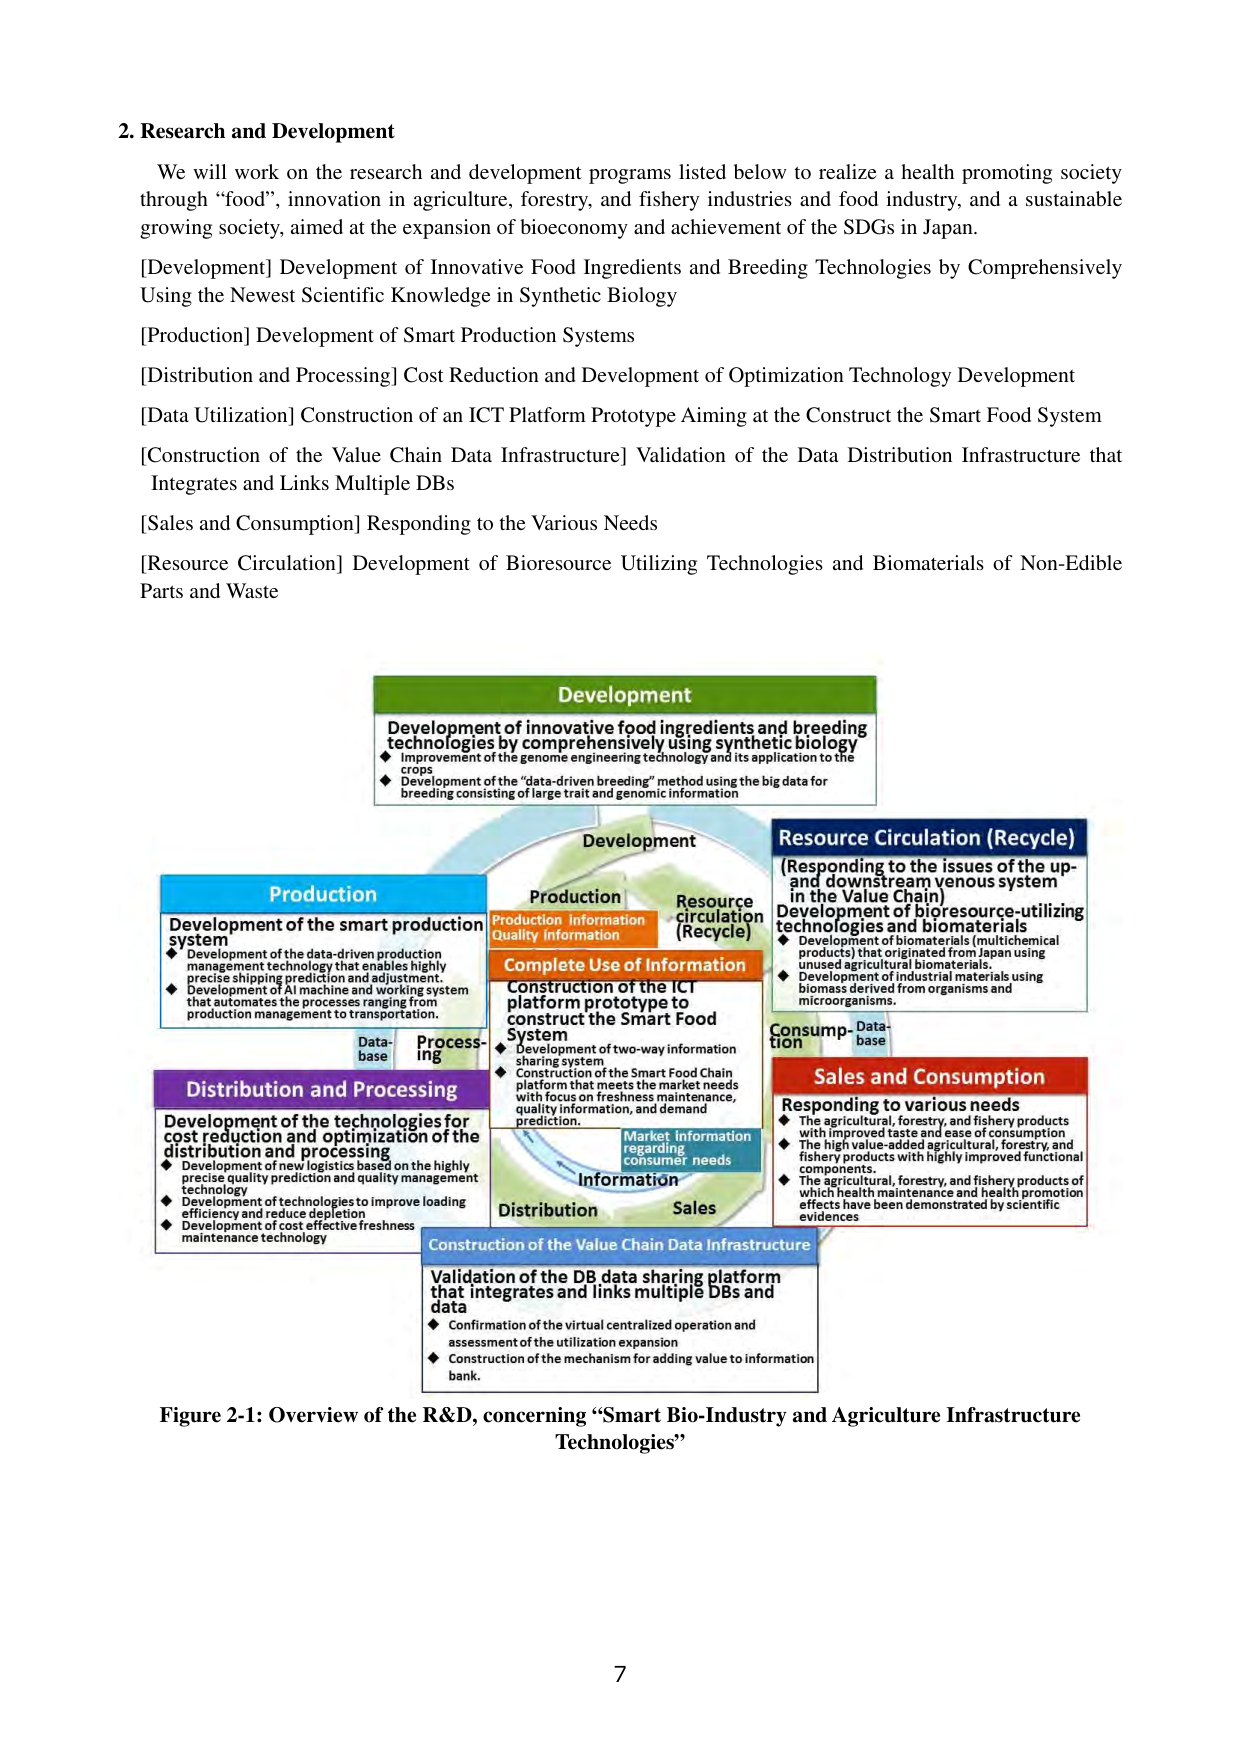
2. Research and Development

We will work on the research and development programs listed below to realize a health promoting society through “food”, innovation in agriculture, forestry, and fishery industries and food industry, and a sustainable growing society, aimed at the expansion of bioeconomy and achievement of the SDGs in Japan.

[Development] Development of Innovative Food Ingredients and Breeding Technologies by Comprehensively Using the Newest Scientific Knowledge in Synthetic Biology

[Production] Development of Smart Production Systems

[Distribution and Processing] Cost Reduction and Development of Optimization Technology Development

[Data Utilization] Construction of an ICT Platform Prototype Aiming at the Construct the Smart Food System

[Construction of the Value Chain Data Infrastructure] Validation of the Data Distribution Infrastructure that Integrates and Links Multiple DBs

[Sales and Consumption] Responding to the Various Needs

[Resource Circulation] Development of Bioresource Utilizing Technologies and Biomaterials of Non-Edible Parts and Waste

Development
Development of innovative food ingredients and breeding technologies by comprehensively using synthetic biology
◆ Improvement of the genome engineering technology and its application to the crops
◆ Development of the “data-driven breeding” method using the big data for breeding consisting of large trait and genomic information

Production
Development of the smart production system
◆ Development of the data-driven production management technology that enables highly precise shipping prediction and adjustment.
◆ Development of AI machine and working system that automates the processes ranging from production management to transportation.

Distribution and Processing
Development of the technologies for cost reduction and optimization of the distribution and processing
◆ Development of new logistics based on the highly precise quality prediction and quality management technology
◆ Development of technologies to improve loading efficiency and reduce depletion
◆ Development of cost effective freshness maintenance technology

Complete Use of Information
Construction of the ICT platform prototype to construct the Smart Food System
◆ Development of two-way information sharing system
◆ Construction of the Smart Food Chain platform that meets the market needs with focus on freshness maintenance, quality information, and demand prediction.

Resource Circulation (Recycle)
(Responding to the issues of the up- and downstream venous system in the Value Chain)
Development of bioresource-utilizing technologies and biomaterials
◆ Development of biomaterials (multichemical products) that originated from Japan using unused agricultural biomaterials.
◆ Development of industrial materials using biomass derived from organisms and microorganisms.

Sales and Consumption
Responding to various needs
◆ The agricultural, forestry, and fishery products with improved taste and ease of consumption
◆ The high value-added agricultural, forestry, and fishery products with highly improved functional components.
◆ The agricultural, forestry, and fishery products of which health maintenance and health promotion effects have been demonstrated by scientific evidences

Construction of the Value Chain Data Infrastructure
Validation of the DB data sharing platform that integrates and links multiple DBs and data
◆ Confirmation of the virtual centralized operation and assessment of the utilization expansion
◆ Construction of the mechanism for adding value to information bank.

Figure 2-1: Overview of the R&D, concerning “Smart Bio-Industry and Agriculture Infrastructure Technologies”

7